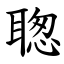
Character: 聦